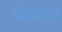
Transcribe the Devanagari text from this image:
कंचारा